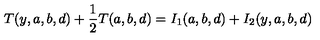
T ( y , a , b , d ) + \frac { 1 } { 2 } T ( a , b , d ) = I _ { 1 } ( a , b , d ) + I _ { 2 } ( y , a , b , d )